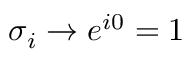
\sigma _ { i } \rightarrow e ^ { i 0 } = 1